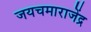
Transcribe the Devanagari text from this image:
जयचमाराजेंद्र